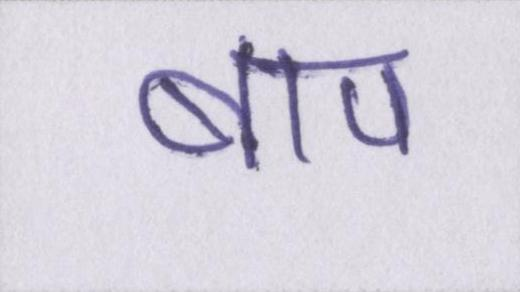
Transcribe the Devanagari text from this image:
बाप